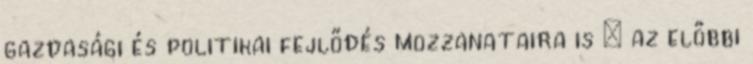
gazdasági és politikai fejlődés mozzanataira is – az előbbi